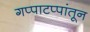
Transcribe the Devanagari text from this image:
गप्पाटप्पांतून